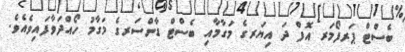
ބެސްޓް ޕަރފޯމަރ އޮފް ދަ އިޔަރގެ މަގާމާއި ބެސްޓް ޑާންސަރގެ މަގާމު ހޯއްދަވާފައިވެއެވެ.